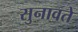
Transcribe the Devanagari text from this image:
सुनावते